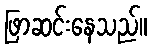
ဖြာဆင်းနေသည်။